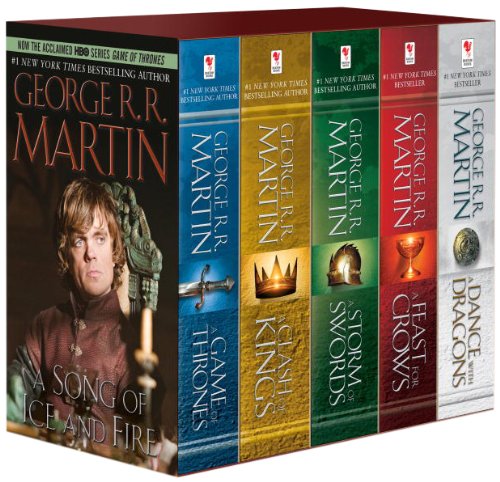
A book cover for George R. R. Martin's A Game of Thrones 5-Book Boxed Set (Song of Ice and Fire series): A Game of Thrones, A Clash of Kings, A Storm of Swords, A Feast for Crows, and A Dance with Dragons; George R. R. Martin; Science Fiction & Fantasy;